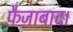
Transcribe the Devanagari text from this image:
फ़ैज़ाबाद।